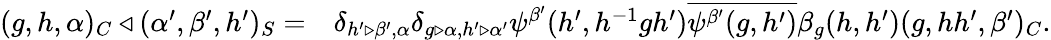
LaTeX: \begin{array}{rl}{(g,h,\alpha)_{C}\triangleleft(\alpha^{\prime},\beta^{\prime},h^{\prime})_{S}=}&{\delta_{h^{\prime}\triangleright\beta^{\prime},\alpha}\delta_{g\triangleright\alpha,h^{\prime}\triangleright\alpha^{\prime}}\psi^{\beta^{\prime}}(h^{\prime},h^{-1}gh^{\prime})\overline{{\psi^{\beta^{\prime}}(g,h^{\prime})}}\beta_{g}(h,h^{\prime})(g,hh^{\prime},\beta^{\prime})_{C}.}\end{array}